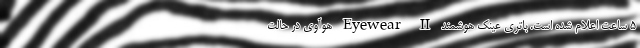
۵ ساعت اعلام شده است. باتری عینک هوشمند Eyewear II هوآوی در حالت